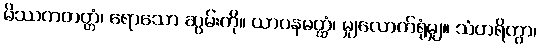
မိဿကတတ္တံ၊ ရောသော ဆွမ်းကို။ ယာပနမတ္ထံ၊ မျှလောက်ရုံမျှ။ သံဟရိတွာ၊